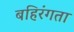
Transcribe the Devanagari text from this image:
बहिरंगता